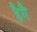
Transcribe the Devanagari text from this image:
हैगै